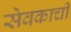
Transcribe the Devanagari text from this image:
सेवकाची